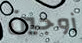
زوجين